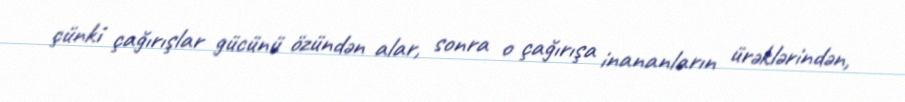
çünki çağırışlar gücünü özündən alar, sonra o çağırışa inananların ürəklərindən,